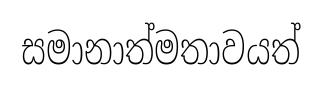
සමානාත්මතාවයත්